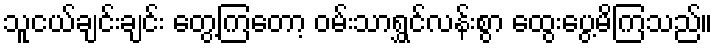
သူငယ်ချင်းချင်း တွေ့ကြတော့ ဝမ်းသာရွှင်လန်းစွာ ထွေးပွေ့မိကြသည်။